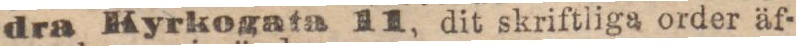
dra Kyrkogata 11, dit skriftliga order äf-